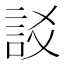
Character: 訤